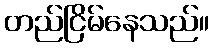
တည်ငြိမ်နေသည်။